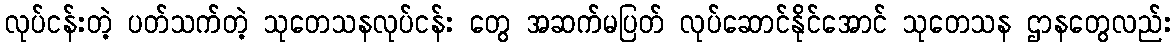
လုပ်ငန်းတဲ့ ပတ်သက်တဲ့ သုတေသနလုပ်ငန်း တွေ အဆက်မပြတ် လုပ်ဆောင်နိုင်အောင် သုတေသန ဌာနတွေလည်း